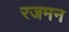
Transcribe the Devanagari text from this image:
रजमन